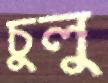
চুলু